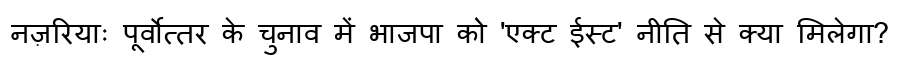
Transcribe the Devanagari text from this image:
नज़रियाः पूर्वोत्तर के चुनाव में भाजपा को 'एक्ट ईस्ट' नीति से क्या मिलेगा?